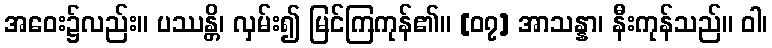
အဝေး၌လည်း။ ပဿန္တိ၊ လှမ်း၍ မြင်ကြကုန်၏။ [၀၇] အာသန္နာ၊ နီးကုန်သည်။ ဝါ၊